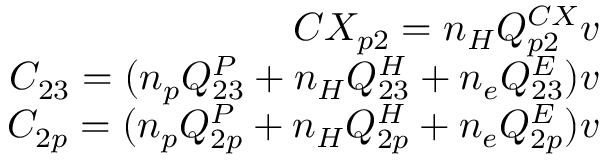
\begin{array} { r } { C X _ { p 2 } = n _ { H } Q _ { p 2 } ^ { C X } v } \\ { C _ { 2 3 } = ( n _ { p } Q _ { 2 3 } ^ { P } + n _ { H } Q _ { 2 3 } ^ { H } + n _ { e } Q _ { 2 3 } ^ { E } ) v } \\ { C _ { 2 p } = ( n _ { p } Q _ { 2 p } ^ { P } + n _ { H } Q _ { 2 p } ^ { H } + n _ { e } Q _ { 2 p } ^ { E } ) v } \end{array}